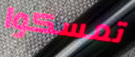
تمسكوا